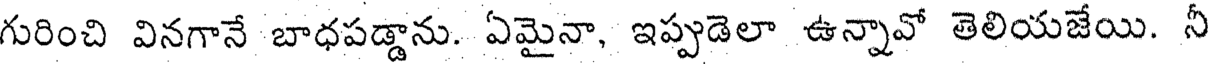
గురించి వినగానే బాధపడ్డాను. ఏమైనా, ఇప్పుడెలా ఉన్నావో తెలియజేయి. నీ